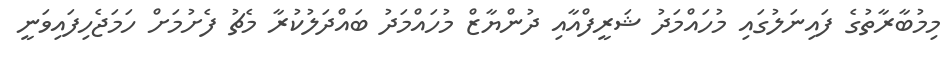
މިމުބާރާތުގެ ފައިނަލުގައި މުހައްމަދު ޝަރީފްއާއި ދުންޔާޒް މުހައްމަދު ބައްދަލުކުރާ މެޗު ފެށުމަށް ހަމަޖެހިފައިވަނީ